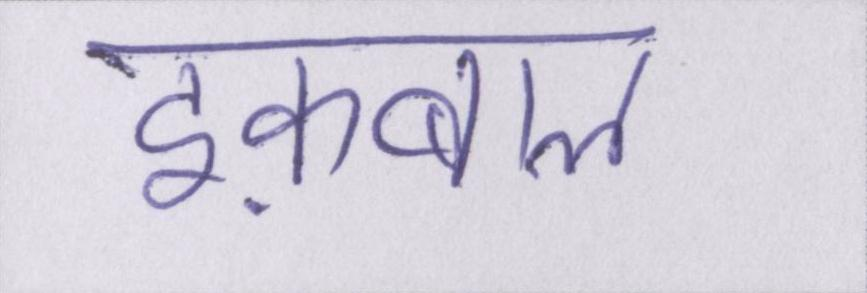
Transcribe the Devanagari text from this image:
इक़बाल